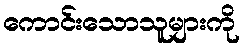
ကောင်းသောသူများကို